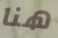
هنا